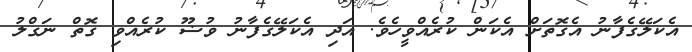
އެކަލޭގެފާނު އެގޮތަށް އެކަން ކުރެއްވީހެވެ. އަދި އެކަލޭގެފާނު ވުޟޫ ކުރެއްވި ގޮތް ނަގްލު